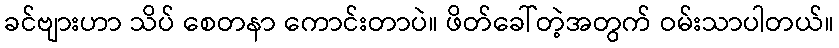
ခင်ဗျားဟာ သိပ် စေတနာ ကောင်းတာပဲ။ ဖိတ်ခေါ်တဲ့အတွက် ဝမ်းသာပါတယ်။